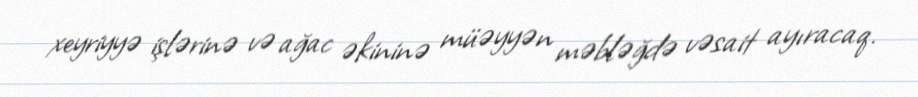
xeyriyyə işlərinə və ağac əkininə müəyyən məbləğdə vəsait ayıracaq.